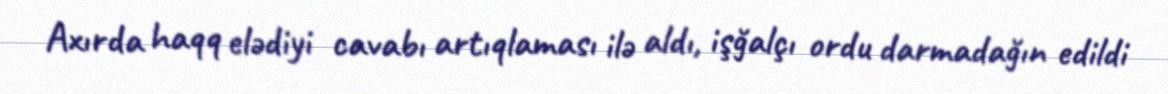
Axırda haqq elədiyi cavabı artıqlaması ilə aldı, işğalçı ordu darmadağın edildi